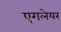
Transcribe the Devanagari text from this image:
एगलेयर